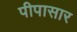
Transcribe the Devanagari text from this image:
पीपासार